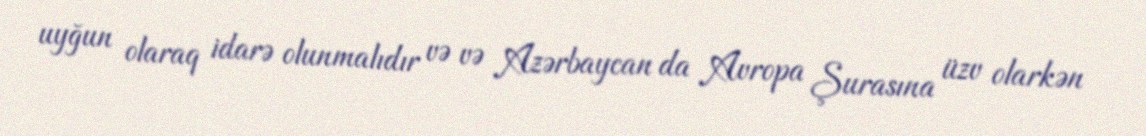
uyğun olaraq idarə olunmalıdır və və Azərbaycan da Avropa Şurasına üzv olarkən